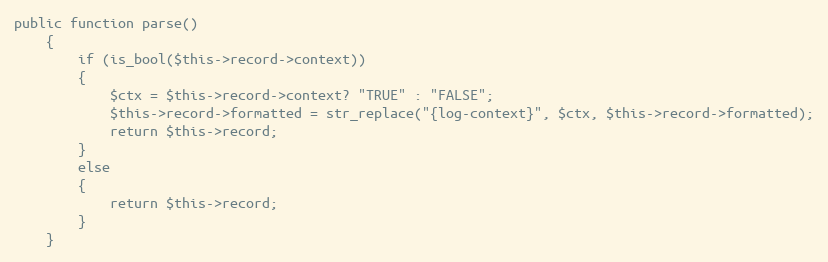
Language: PHP
public function parse()
	{
		if (is_bool($this->record->context))
		{
			$ctx = $this->record->context? "TRUE" : "FALSE";
			$this->record->formatted = str_replace("{log-context}", $ctx, $this->record->formatted);
			return $this->record;
		}
		else
		{
			return $this->record;
		}
	}